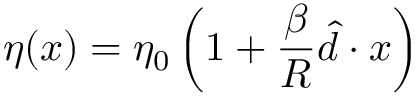
\eta ( \boldsymbol { x } ) = \eta _ { 0 } \left( 1 + \frac { \beta } { R } \boldsymbol { \hat { d } } \cdot \boldsymbol { x } \right)